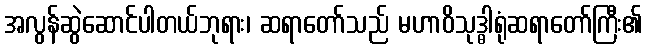
အလွန်ဆွဲဆောင်ပါတယ်ဘုရား၊ ဆရာတော်သည် မဟာဝိသုဒ္ဓါရုံဆရာတော်ကြီး၏